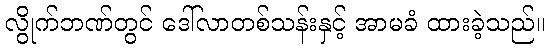
လွိုက်ဘဏ်တွင် ဒေါ်လာတစ်သန်းနှင့် အာမခံ ထားခဲ့သည်။